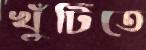
খুঁটিতে